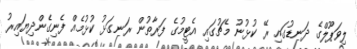
ލިވަޕޫލްގެ ދަނޑުގައި ރޭ ކުޅުނު މެޗުގައި އެޓީމުގެ ފަރާތުން ރަނގަޅު ކުޅުމެއް ފެނިގެންދިޔައިރު